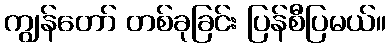
ကျွန်တော် တစ်ခုခြင်း ပြန်စီပြမယ်။